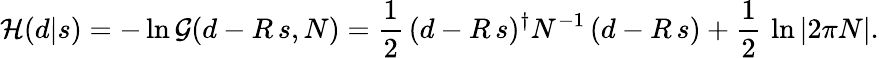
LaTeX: {\mathcal{H}}(d|s)=-\ln{\mathcal{G}}(d-R\, s,N)={\frac{1}{2}}\, (d-R\, s)^{\dagger}N^{-1}\, (d-R\, s)+{\frac{1}{2}}\, \ln|2\pi N|.